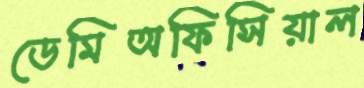
ডেমিঅফিসিয়াল